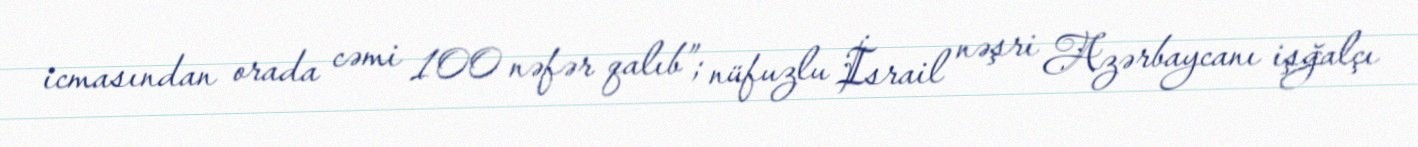
icmasından orada cəmi 100 nəfər qalıb”; nüfuzlu İsrail nəşri Azərbaycanı işğalçı